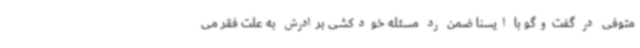
متوفی در گفت‌وگو با ایسنا ضمن رد مسئله خودکشی برادرش به علت فقر می